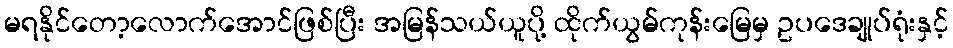
မရနိုင်တော့လောက်အောင်ဖြစ်ပြီး အမြန်သယ်ယူပို့ ထိုက်ယွမ်ကုန်းမြေမှ ဥပဒေချုပ်ရုံးနှင့်